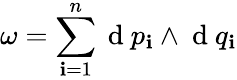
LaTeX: \omega=\sum_{\mathbf{i}=1}^{n}\mathrm{{~d~}}p_{\mathbf{i}}\wedge\mathrm{{~d~}}q_{\mathbf{i}}